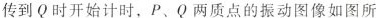
传到Q时开始计时，P、Q两质点的振动图像如图所